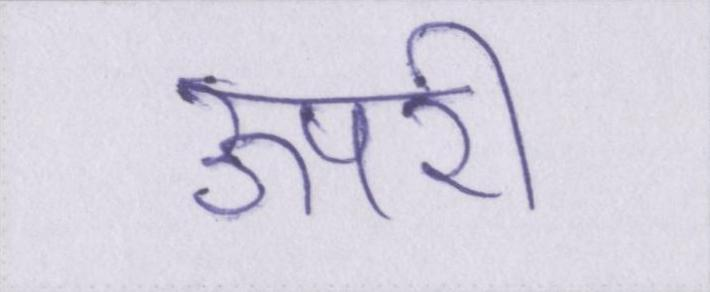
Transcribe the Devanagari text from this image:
ऊपरी